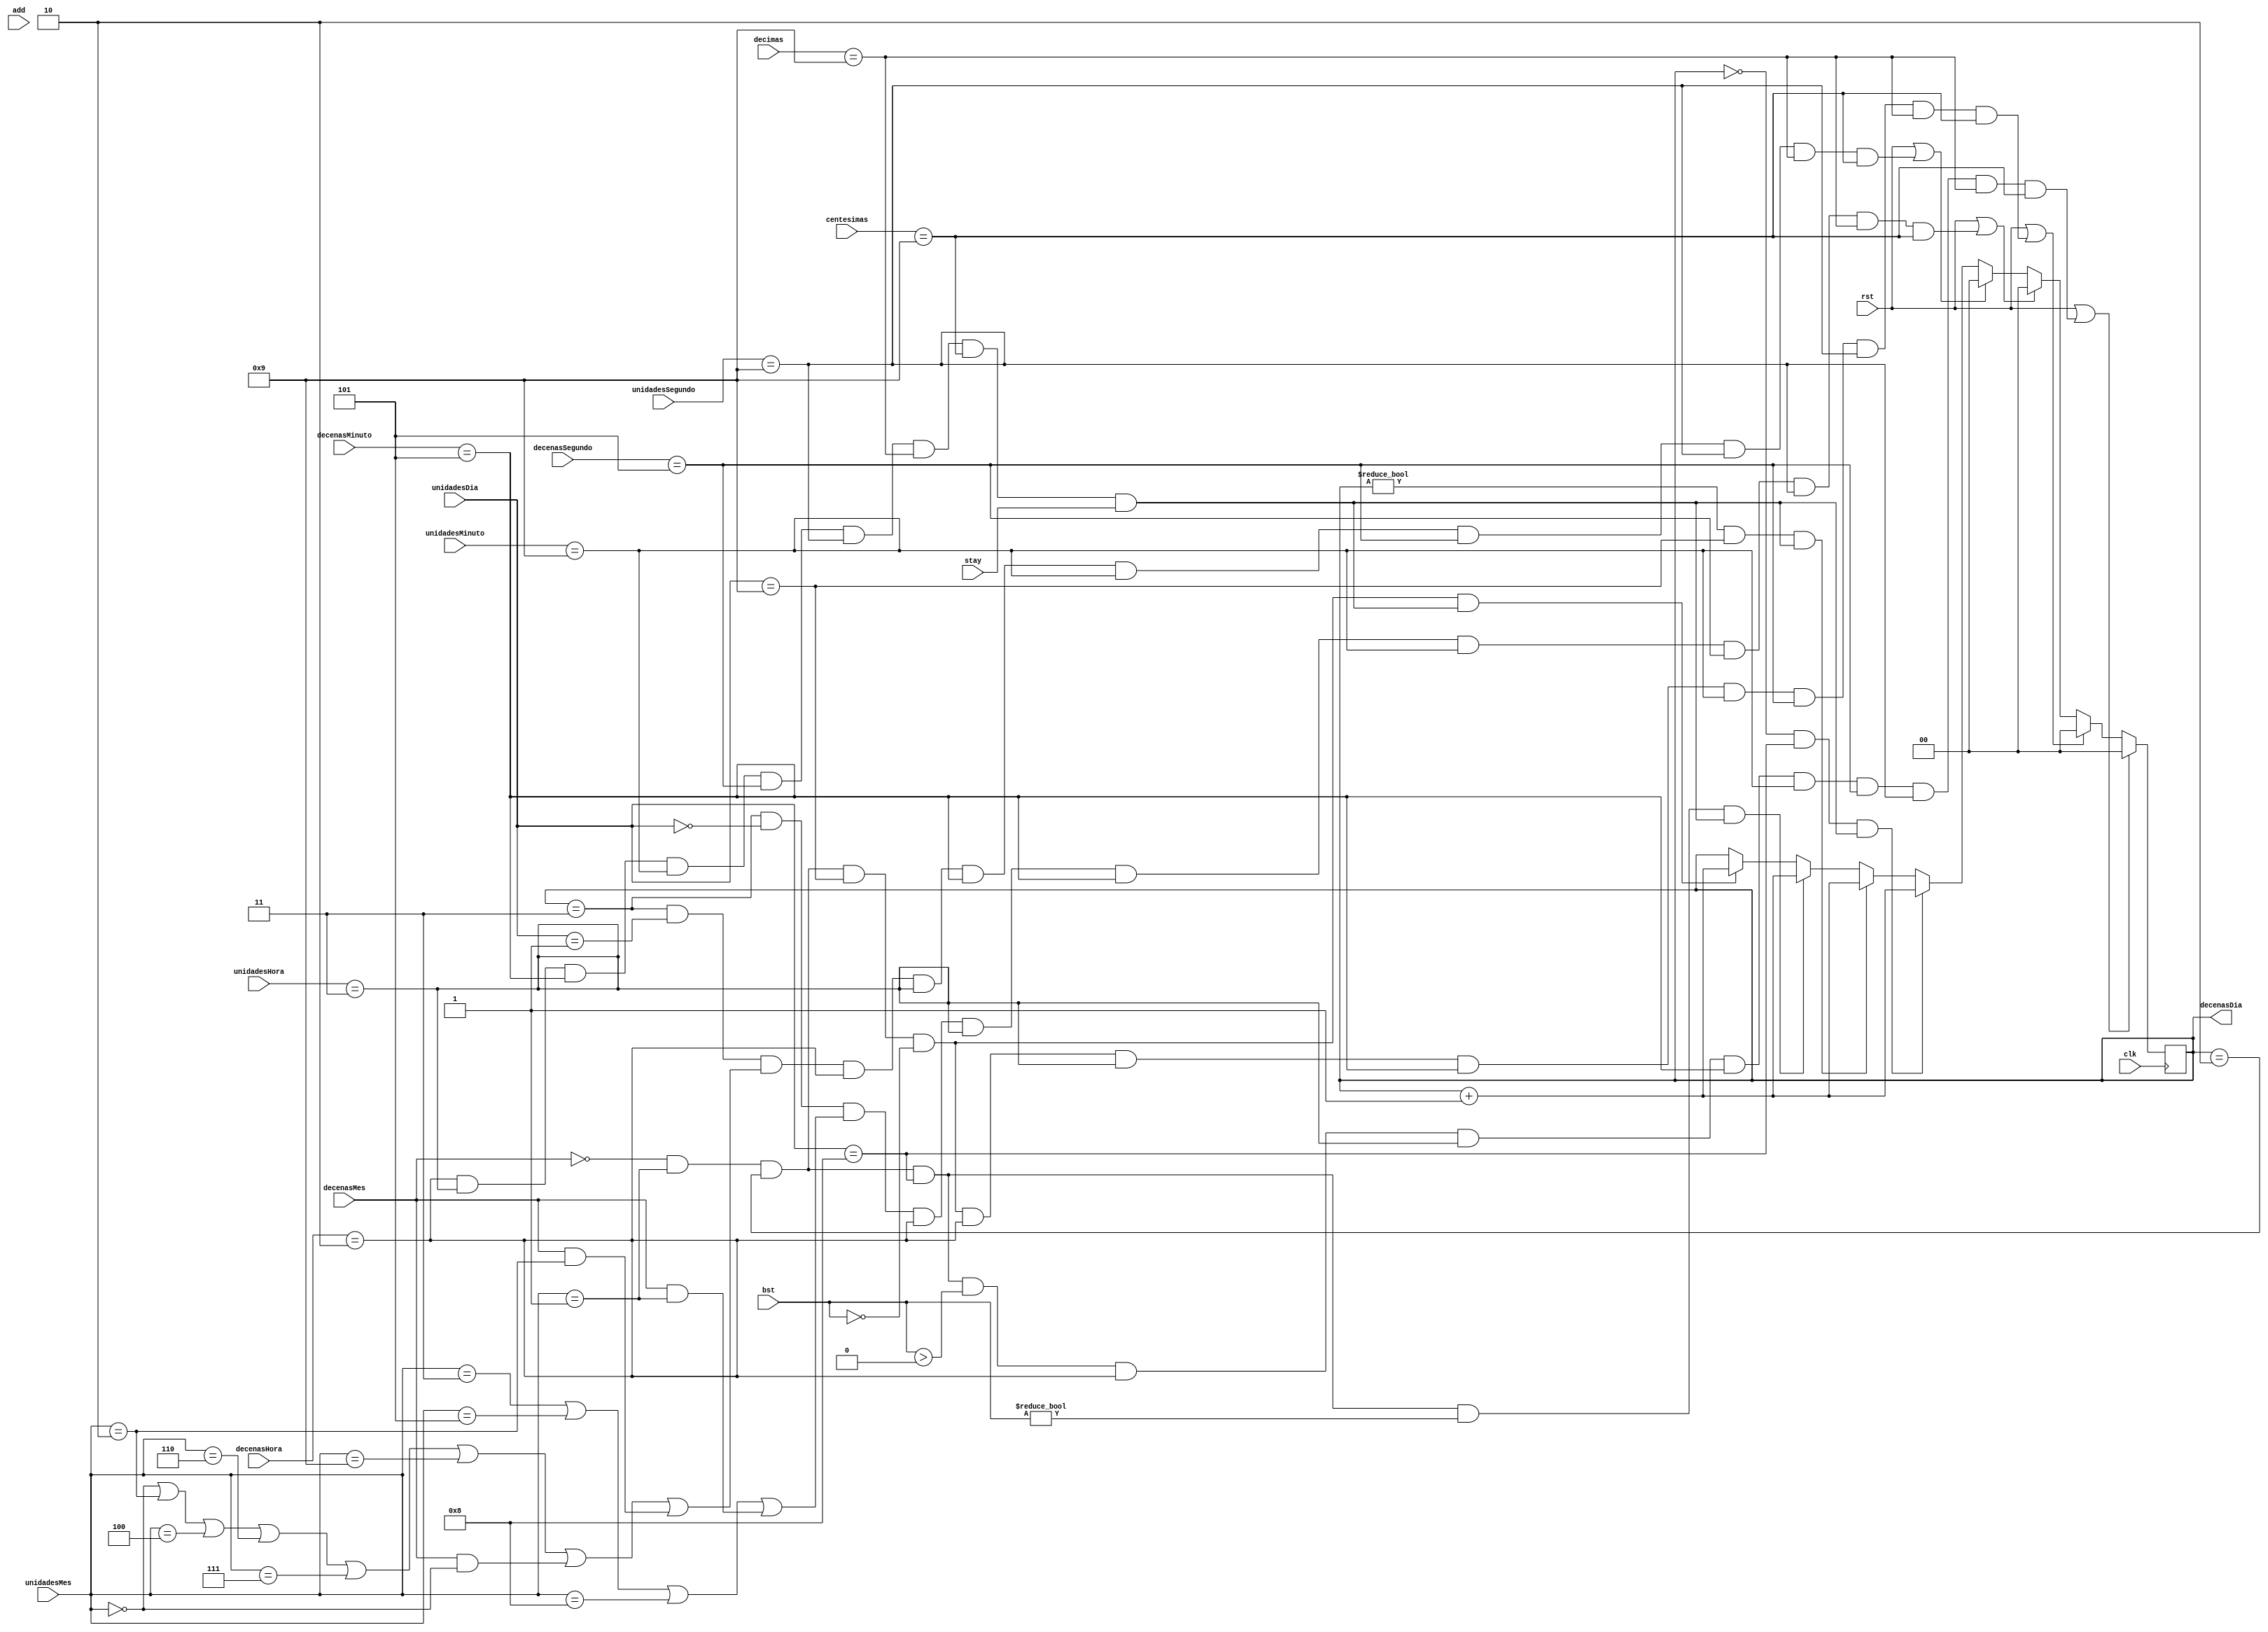
`timescale 1ns / 1ps
//////////////////////////////////////////////////////////////////////////////////
// Company: 
// Engineer: 
// 
// Design Name: 
// Module Name:    DecenasDia 
// Project Name: 
// Target Devices: 
// Tool versions: 
// Description: 
//
// Dependencies: 
//
// Revision: 
// Revision 0.01 - File Created
// Additional Comments: 
//
//////////////////////////////////////////////////////////////////////////////////
module DecenasDia(
	input clk,
	input stay,
	input add,
	input rst,
	input [1:0] bst,
	input [3:0] decimas,
	input [3:0] centesimas,
	input [3:0] unidadesSegundo,
	input [2:0] decenasSegundo,
	input [3:0] unidadesMinuto,
	input [3:0] decenasMinuto,
	input [3:0] unidadesHora,
	input [1:0] decenasHora,
	input [3:0] unidadesDia,
	input [3:0] unidadesMes,
	input decenasMes, 
	output reg[1:0] decenasDia
    );
	 
	  always @ (posedge clk)
		begin					////////////////////////MESES SON DE 0-11//////////////////////////////
								////////////////////////DIAS SON DE 0-30/29/27 //////////////////////////////
			if (rst == 1 || (decenasMes == 0 && unidadesMes == 1 && decenasDia == 2 && unidadesDia == 8 && bst > 0 &&//febrero (28) no bisiesto
															decenasHora == 2 && unidadesHora == 3 && decenasMinuto == 5 && unidadesMinuto == 9 && decenasSegundo == 5 && unidadesSegundo == 9 && decimas == 9 && centesimas == 9))
				begin 
					decenasDia <=0;
				end
			
			else if (rst == 1 || (decenasMes == 0 && unidadesMes == 1 && decenasDia == 2 && unidadesDia == 9 && bst == 0  &&//febrero (29) bisiesto
															decenasHora == 2 && unidadesHora == 3 && decenasMinuto == 5 && unidadesMinuto == 9 && decenasSegundo == 5 && unidadesSegundo == 9 && decimas == 9 && centesimas == 9))
				begin 
					decenasDia <=0;
				end
							
			else if (rst == 1 || (decenasDia == 3 && unidadesDia == 0 && //meses con 30 dias 
															(unidadesMes == 3 || unidadesMes == 5 || unidadesMes == 8 || (decenasMes == 1 && unidadesMes == 1)) &&
															decenasHora == 2 && unidadesHora == 3 && decenasMinuto == 5 && unidadesMinuto == 9 && decenasSegundo == 5 && unidadesSegundo == 9 && decimas == 9 && centesimas == 9))
				begin 
					decenasDia <=0;
				end
				
			else if (rst == 1 || (decenasDia == 3 && unidadesDia == 1 &&//meses con 31 dias 
															(unidadesMes == 0 || unidadesMes == 2 || unidadesMes == 4 || unidadesMes == 6 || unidadesMes == 7 || unidadesMes == 9 || (decenasMes == 1 && unidadesMes ==0)|| (decenasMes == 1 && unidadesMes ==2)) &&
															decenasHora == 2 && unidadesHora == 3 && decenasMinuto == 5 && unidadesMinuto == 9 && decenasSegundo == 5 && unidadesSegundo == 9 && decimas == 9 && centesimas == 9))
				begin 
					decenasDia <=0;
				end

			else if (decenasDia == 0 && unidadesDia == 8 && (decenasHora == 2 && unidadesHora == 3 && decenasMinuto == 5 && unidadesMinuto == 9 && decenasSegundo == 5 && unidadesSegundo == 9 && decimas == 9 && centesimas == 9 && stay == 1))
				begin
					decenasDia <= decenasDia + 1;
				end
			else if (decenasDia != 0 && unidadesDia == 9 && (decenasHora == 2 && unidadesHora == 3 && decenasMinuto == 5 && unidadesMinuto == 9 && decenasSegundo == 5 && unidadesSegundo == 9 && decimas == 9 && centesimas == 9 && stay == 1))
				begin
					decenasDia <= decenasDia + 1;
				end
			else if (decenasMes == 0 && unidadesMes == 1 && decenasDia == 2 && unidadesDia == 8 && bst != 0 &&(decenasHora == 2 && unidadesHora == 3 && decenasMinuto == 5 && unidadesMinuto == 9 && decenasSegundo == 5 && unidadesSegundo == 9 && decimas == 9 && centesimas == 9 && stay == 1))
				begin
					decenasDia <= decenasDia + 1;
				end
			else if (decenasMes == 0 && unidadesMes == 1 && decenasDia == 2 && unidadesDia == 9 && bst == 0 &&(decenasHora == 2 && unidadesHora == 3 && decenasMinuto == 5 && unidadesMinuto == 9 && decenasSegundo == 5 && unidadesSegundo == 9 && decimas == 9 && centesimas == 9 && stay == 1))
				begin
					decenasDia <= decenasDia + 1;
				end
		end
		
		


endmodule